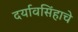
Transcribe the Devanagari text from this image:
दर्यावसिंहाचे